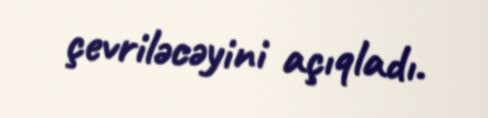
çevriləcəyini açıqladı.